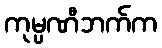
ကုမ္ပဏီဘက်က